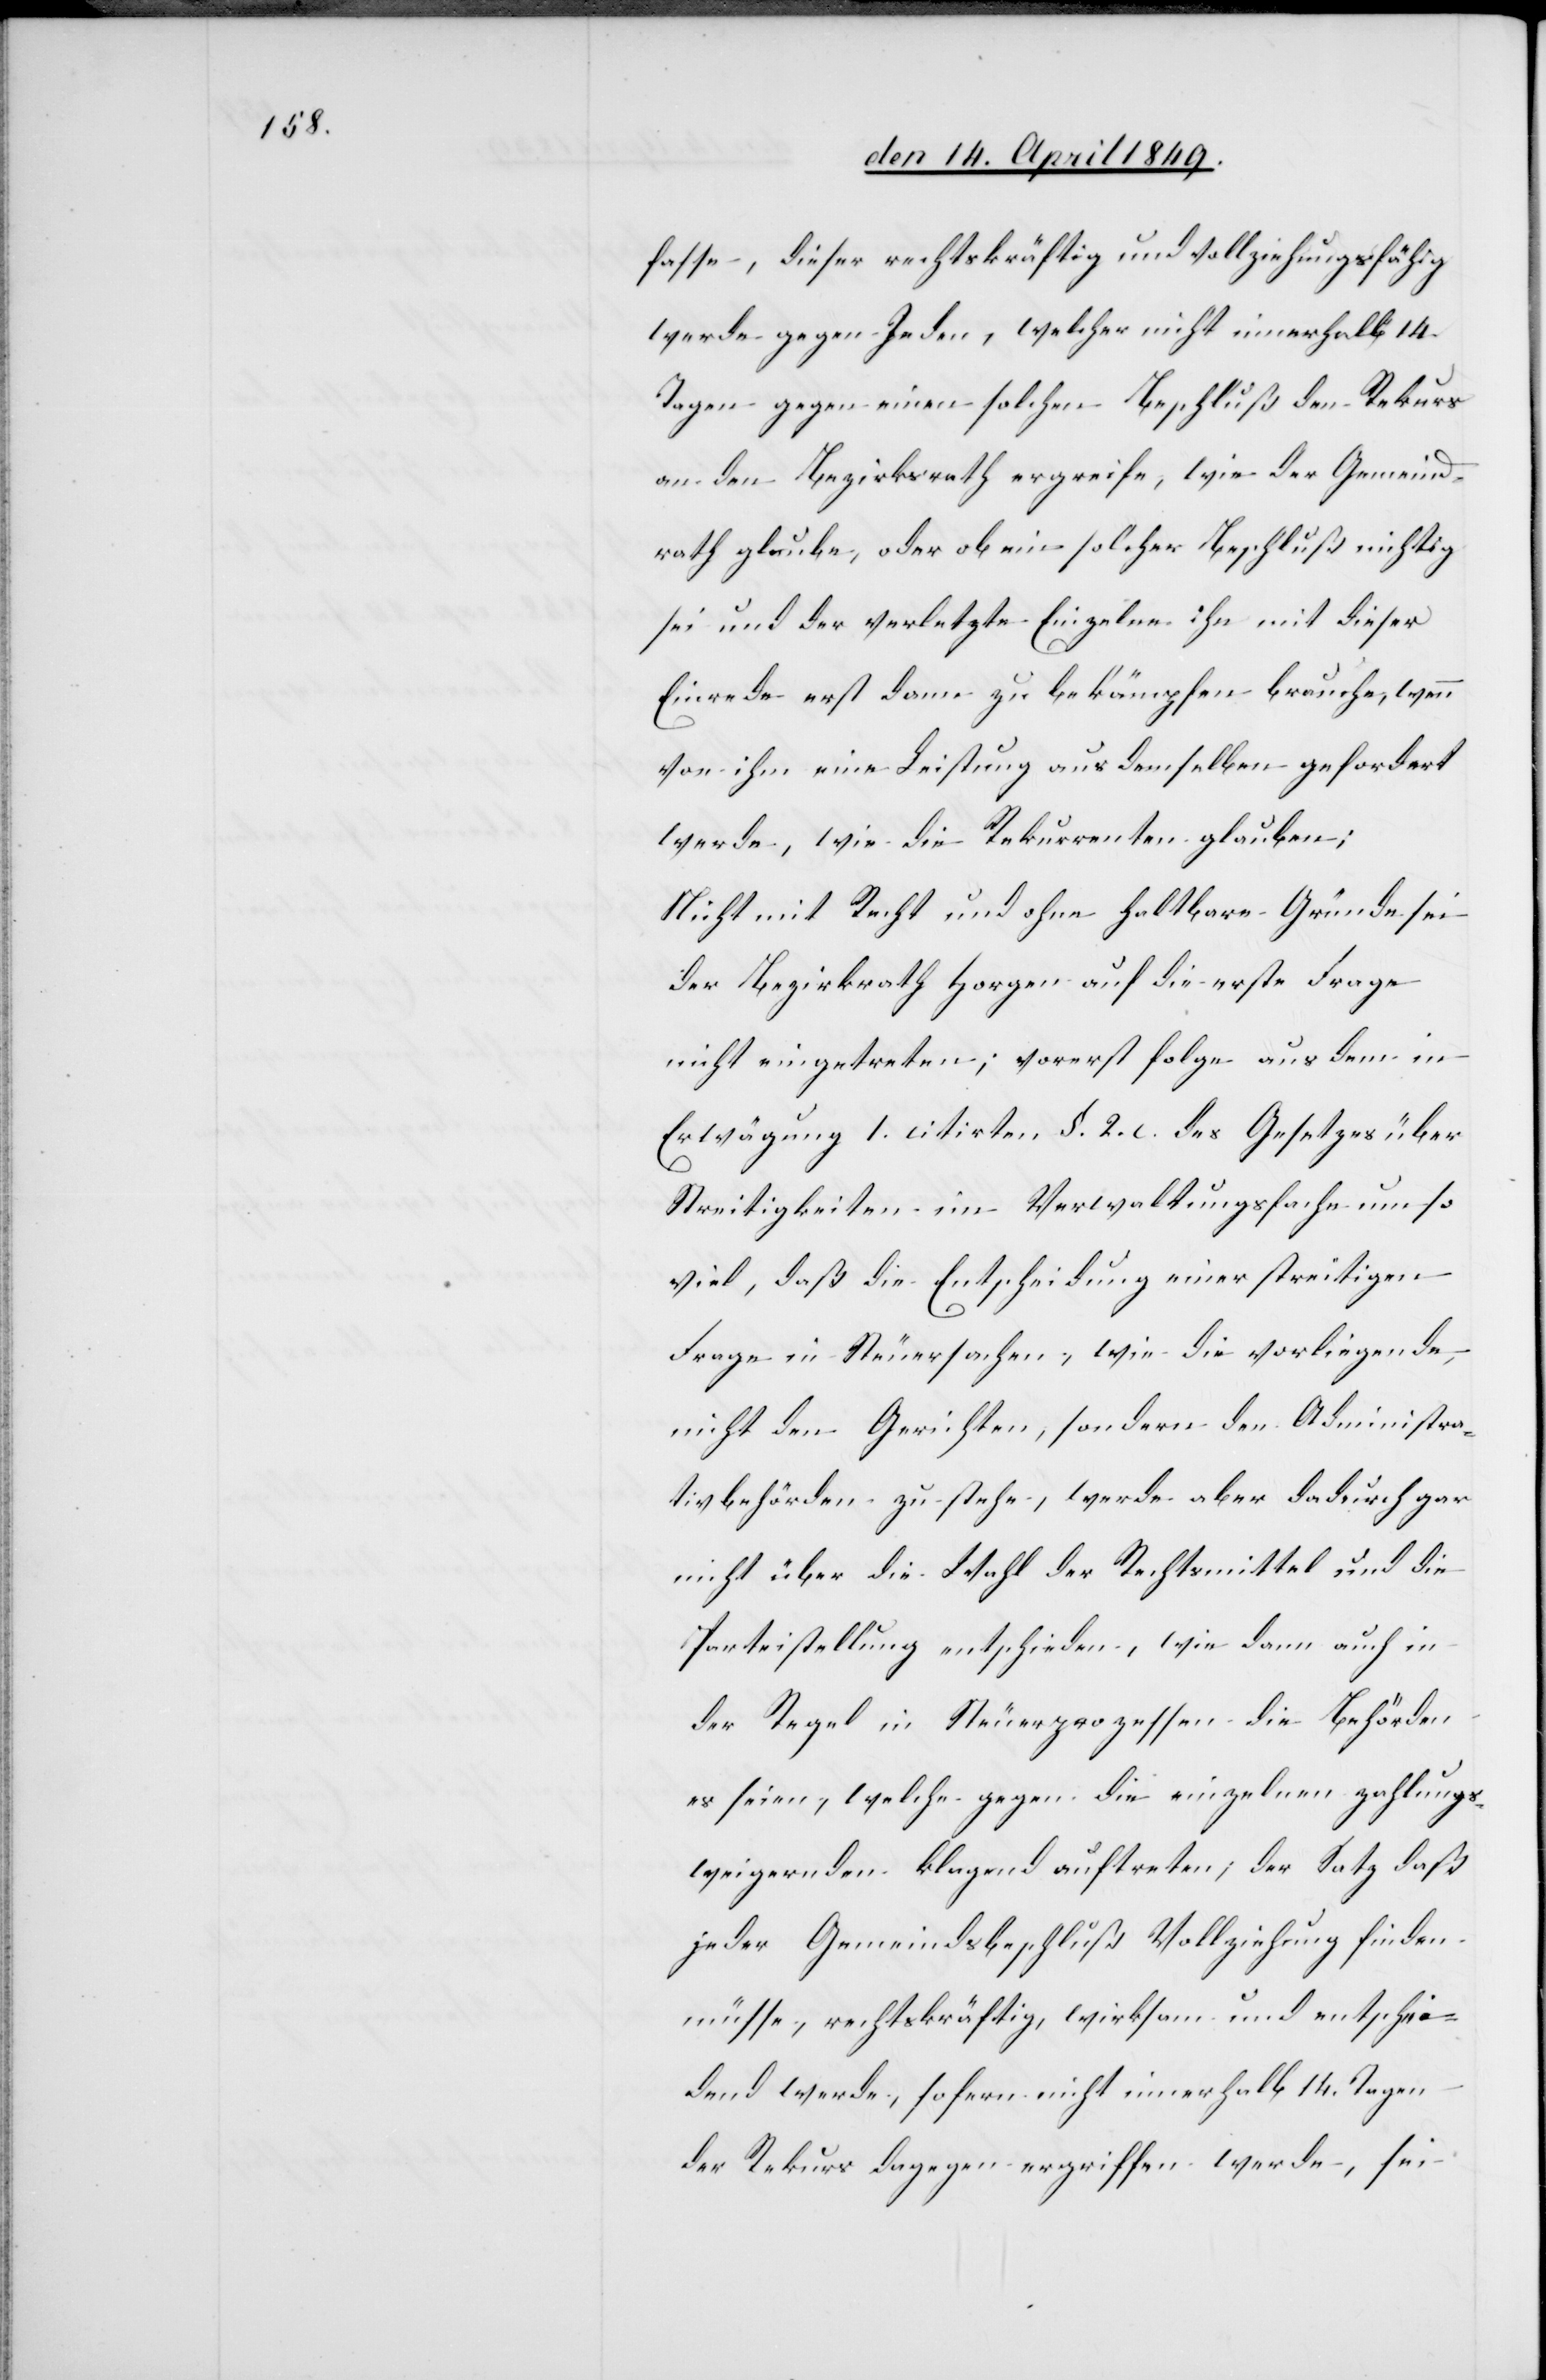
fasse, dieser rechtskräftig und vollziehungsfähig
werde gegen Jeden, welcher nicht innerhalb 14.
Tagen gegen einen solchen Beschluß den Rekurs
an den Bezirksrath ergreife, wie der Gemeind¬
rath glaube, oder ob ein solcher Beschluß nichtig
sei und der verletzte Einzelne ihn mit dieser
Einrede erst dann zu bekämpfen brauche, wenn
von ihm eine Leistung aus demselben gefordert
werde, wie die Rekurrenten glauben;
Nicht mit Recht und ohne haltbare Gründe sei
der Bezirksrath Horgen auf die erste Frage
nicht eingetreten; vorerst folge aus dem in
Erwägung 1. citirten §. 2. c. des Gesetzes über
Streitigkeiten im Verwaltungsfache um so
viel, daß die Entscheidung einer streitigen
Frage in Steuersachen, wie die vorliegende,
nicht den Gerichten, sondern den Administra¬
tivbehörden zustehe, werde aber dadurch gar
nicht über die Wahl des Rechtsmittel und die
Parteistellung entschieden, wie dann auch in
der Regel in Steuerprozessen die Behörden
es seien, welche gegen die einzelnen zahlungs¬
weigernden klagend auftreten; der Satz daß
jeder Gemeindsbeschluß Vollziehung finden
müsse, rechtskräftig, wirksam und entschei¬
dend werde, sofern nicht innerhalb 14. Tagen
der Rekurs dagegen ergriffen werde, sei